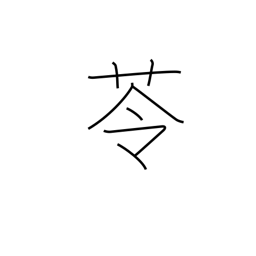
Meaning: herb